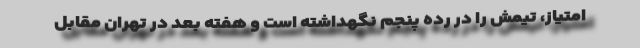
امتیاز، تیمش را در رده پنجم نگهداشته است و هفته بعد در تهران مقابل